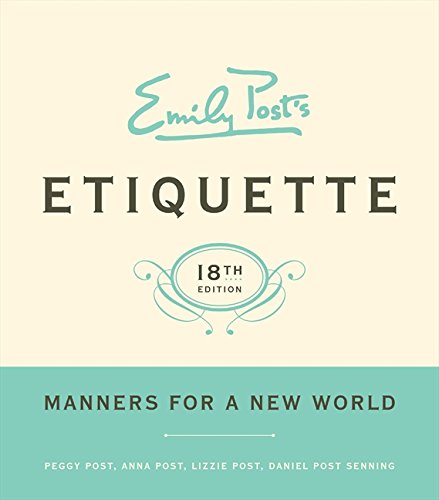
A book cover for Emily Post's Etiquette, 18th Edition (Emily Post's Etiquette); Peggy Post; Self-Help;